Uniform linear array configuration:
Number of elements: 4
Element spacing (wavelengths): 0.5
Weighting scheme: hamming
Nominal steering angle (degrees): -30
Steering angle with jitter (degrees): -29.805
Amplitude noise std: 0.05
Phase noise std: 0.05

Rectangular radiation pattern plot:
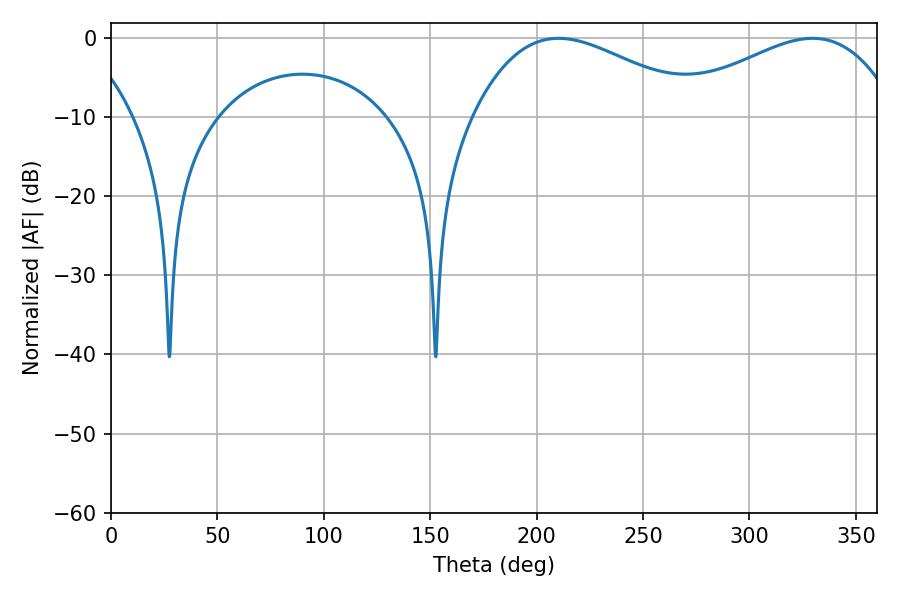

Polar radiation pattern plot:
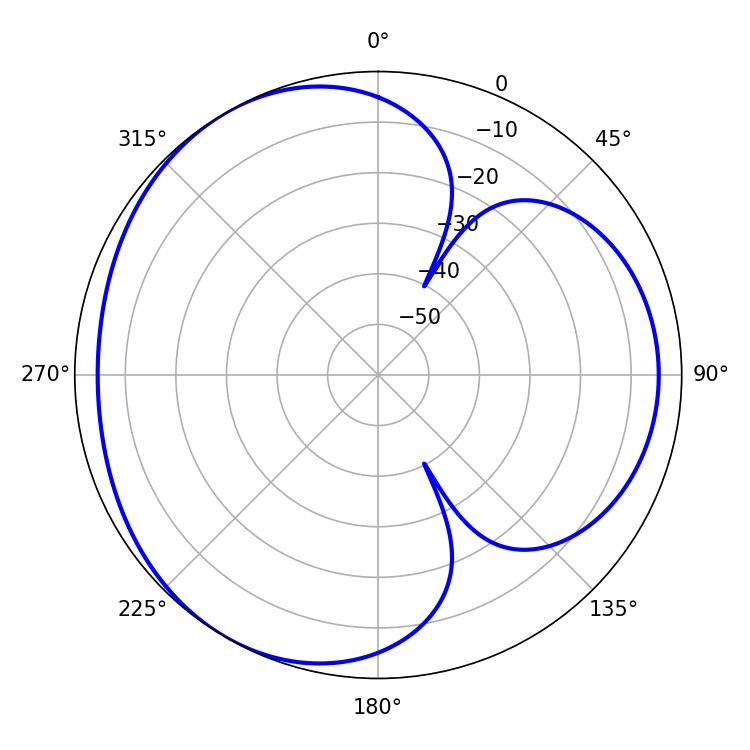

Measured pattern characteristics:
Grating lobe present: FALSE
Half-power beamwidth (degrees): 58.68
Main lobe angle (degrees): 329.76